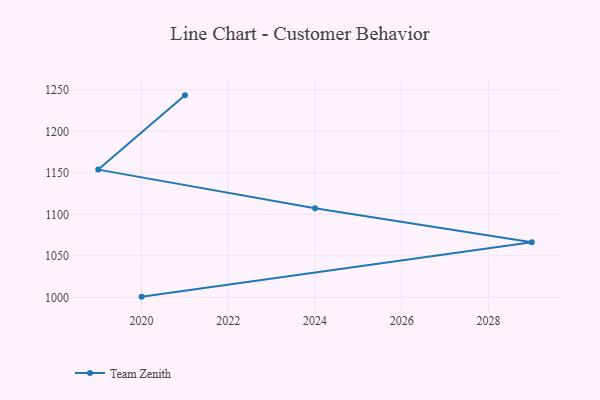
{"axis": {"x": "Year", "y": "Churn Rate (%)"}, "legend": ["Team Zenith"], "data": [{"x": "2020", "y": 1000.8, "type": "Team Zenith"}, {"x": "2029", "y": 1066.4, "type": "Team Zenith"}, {"x": "2024", "y": 1107.4, "type": "Team Zenith"}, {"x": "2019", "y": 1153.9, "type": "Team Zenith"}, {"x": "2021", "y": 1243.4, "type": "Team Zenith"}]}